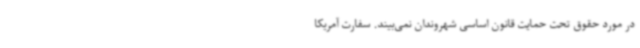
در مورد حقوق تحت حمایت قانون اساسی شهروندان نمی‌بیند. سفارت آمریکا